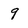
Character: 9